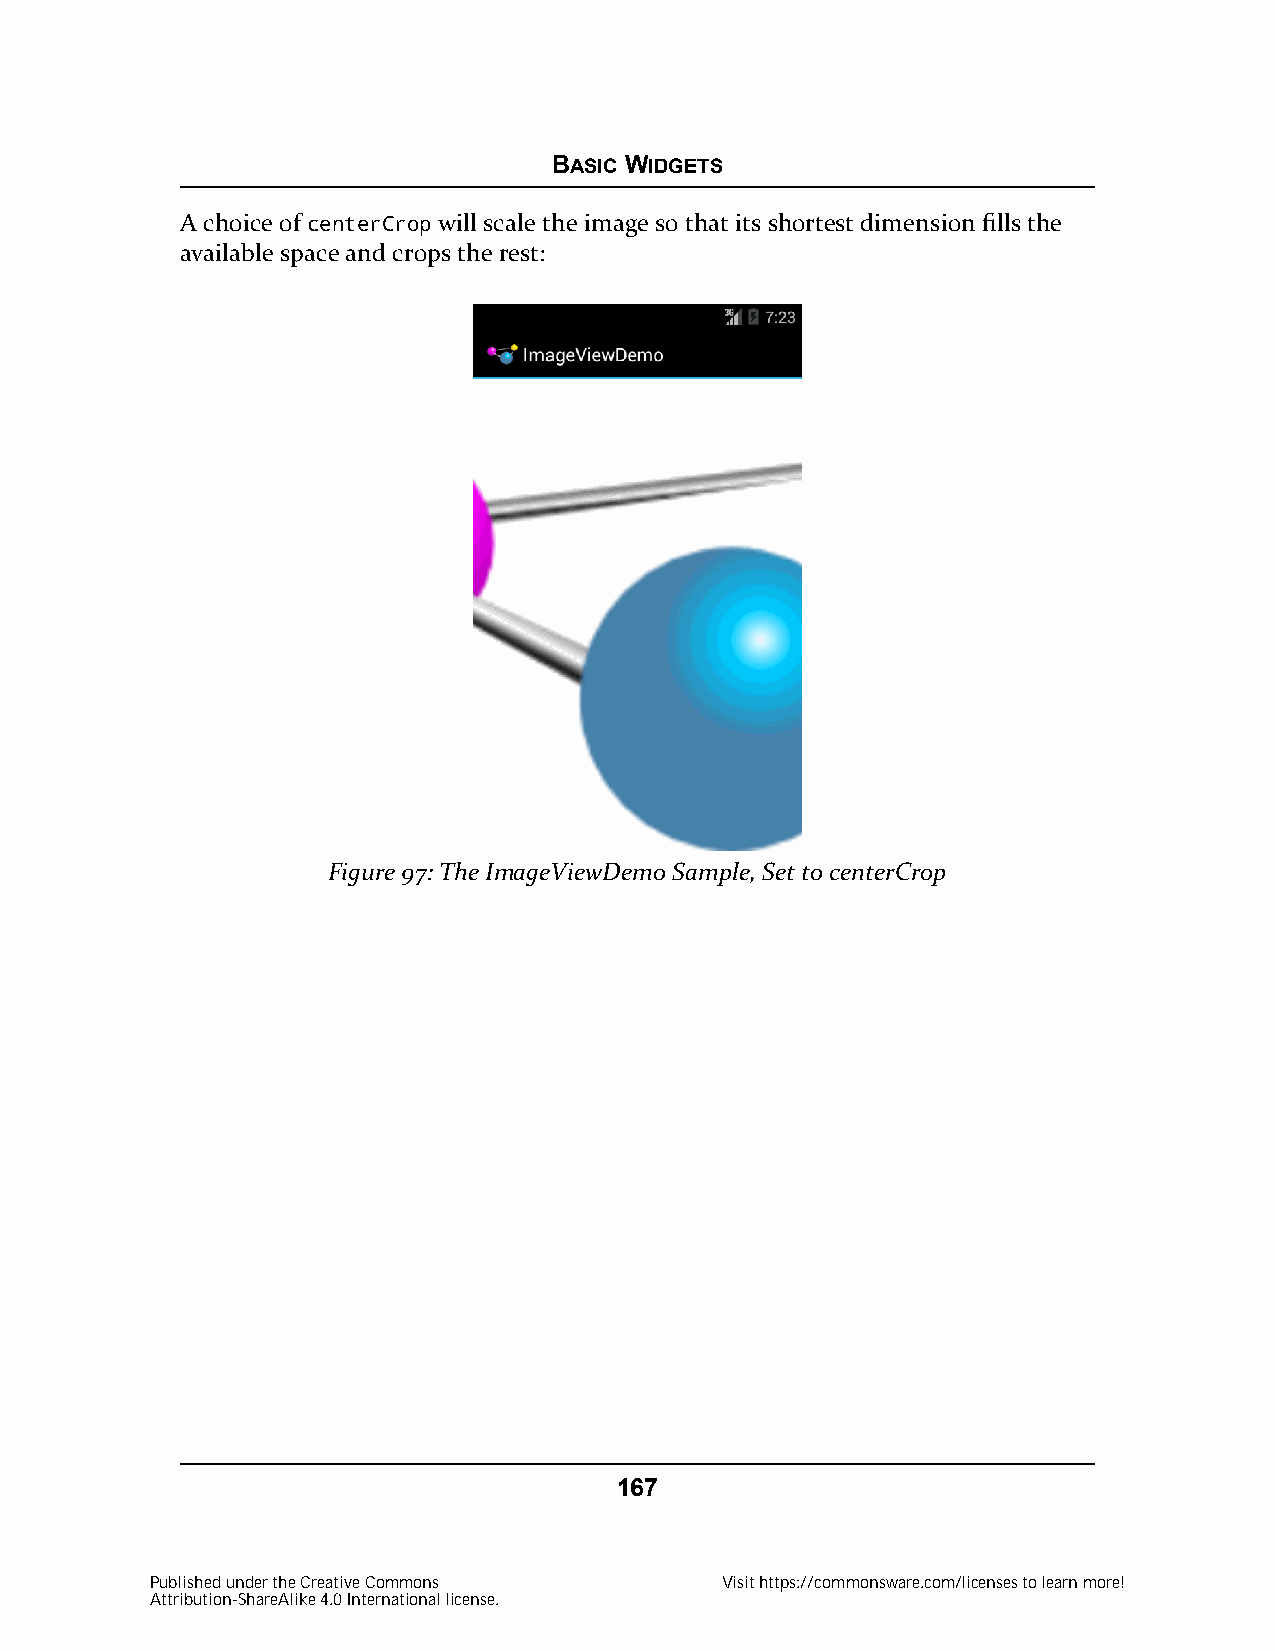
BASIC WIDGETS
 A choice of centerCrop will scale the image so that its shortest dimension fills the
 available space and crops the rest:
 Figure 97: The ImageViewDemo Sample, Set to centerCrop
 167
 Published under the Creative Commons  Visit https://commonsware.com/licenses to learn more!
 Attribution-ShareAlike 4.0 International license.